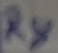
Text: R8